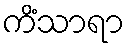
ကိံသာရာ